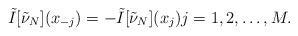
LaTeX: \begin{align*}\tilde{I}[\tilde{\nu}_{N}](x_{-j}) = -\tilde{I}[\tilde{\nu}_{N}](x_{j})j=1,2,\ldots, M.\end{align*}